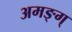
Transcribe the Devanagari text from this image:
अमङ्ग्